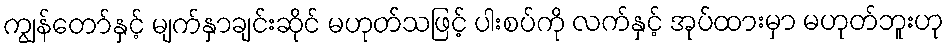
ကျွန်တော်နှင့် မျက်နှာချင်းဆိုင် မဟုတ်သဖြင့် ပါးစပ်ကို လက်နှင့် အုပ်ထားမှာ မဟုတ်ဘူးဟု